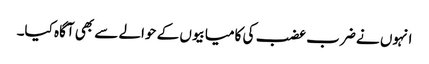
انہوں نے ضرب عضب کی کامیابیوں کے حوالے سے بھی آگاہ کیا۔